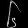
Digit: ၆